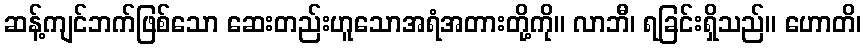
ဆန့်ကျင်ဘက်ဖြစ်သော ဆေးတည်းဟူသောအရံအတားတို့ကို။ လာဘီ၊ ရခြင်းရှိသည်။ ဟောတိ၊